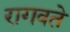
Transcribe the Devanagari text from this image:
रागवते